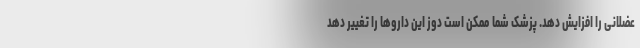
عضلانی را افزایش دهد. پزشک شما ممکن است دوز این داروها را تغییر دهد